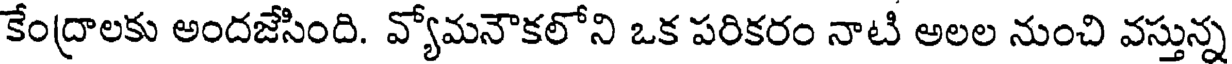
కేంద్రాలకు అందజేసింది. వ్యోమనౌకలోని ఒక పరికరం నాటి అలల నుంచి వస్తున్న